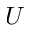
U